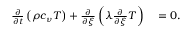
\begin{array} { r l } { \frac { \partial } { \partial t } \left( \rho c _ { \nu } T \right) + \frac { \partial } { \partial \xi } \left( \lambda \frac { \partial } { \partial \xi } T \right) } & { { } = 0 . } \end{array}